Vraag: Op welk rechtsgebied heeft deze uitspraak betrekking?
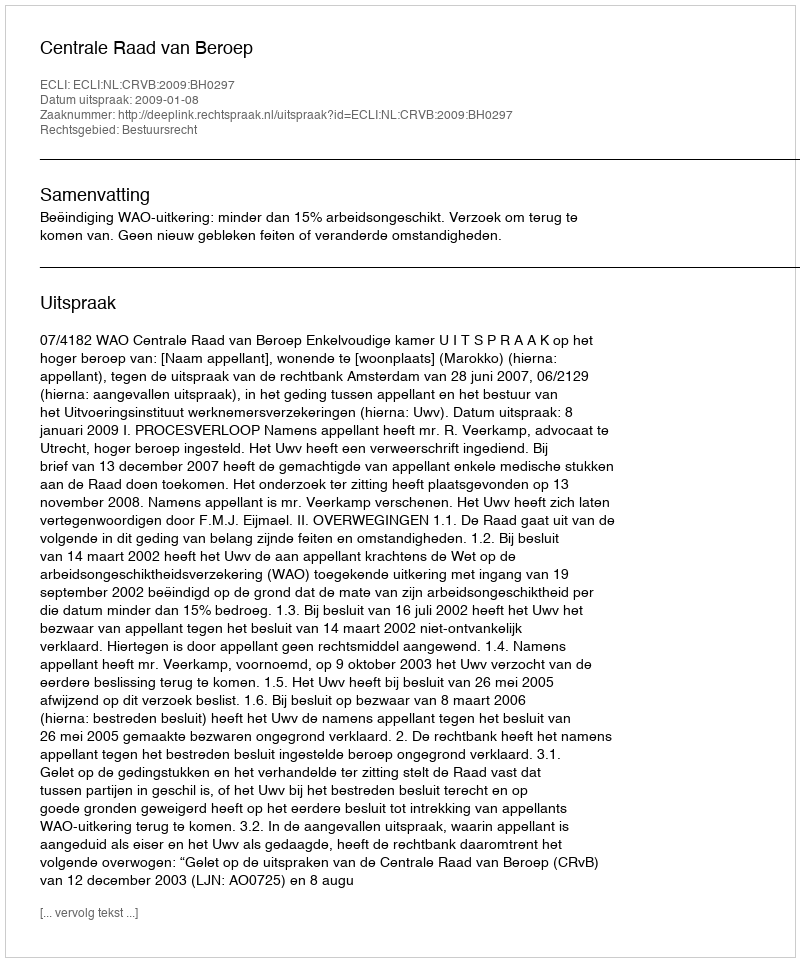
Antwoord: Bestuursrecht